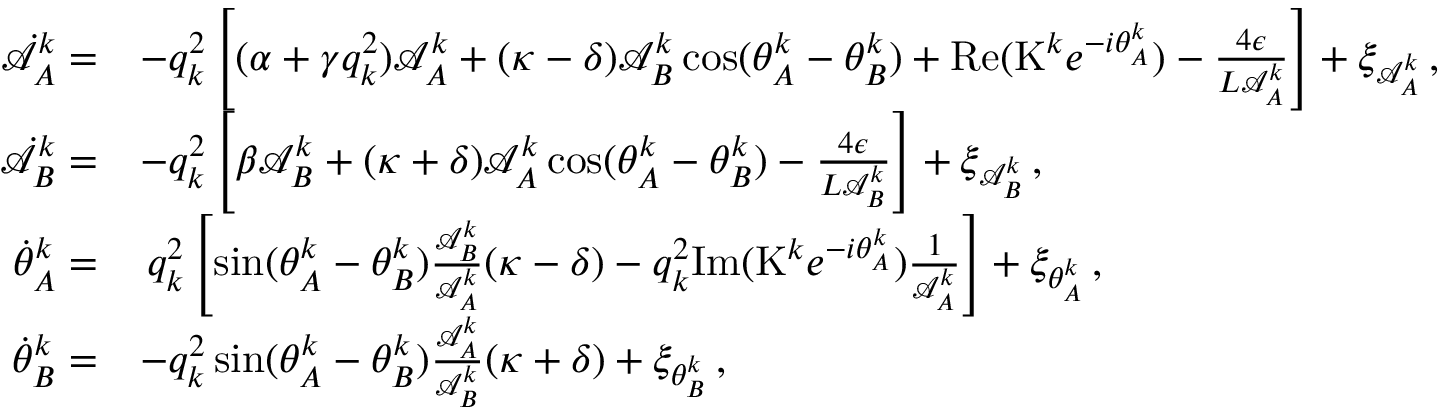
\begin{array} { r l } { \dot { \mathcal { A } } _ { A } ^ { k } = } & { - q _ { k } ^ { 2 } \left[ ( \alpha + \gamma q _ { k } ^ { 2 } ) \mathcal { A } _ { A } ^ { k } + ( \kappa - \delta ) \mathcal { A } _ { B } ^ { k } \cos ( \theta _ { A } ^ { k } - \theta _ { B } ^ { k } ) + \mathrm { R e } ( \mathrm { K } ^ { k } e ^ { - i \theta _ { A } ^ { k } } ) - \frac { 4 \epsilon } { L \mathcal { A } _ { A } ^ { k } } \right] + \xi _ { \mathcal { A } _ { A } ^ { k } } \, , } \\ { \dot { \mathcal { A } } _ { B } ^ { k } = } & { - q _ { k } ^ { 2 } \left[ \beta \mathcal { A } _ { B } ^ { k } + ( \kappa + \delta ) \mathcal { A } _ { A } ^ { k } \cos ( \theta _ { A } ^ { k } - \theta _ { B } ^ { k } ) - \frac { 4 \epsilon } { L \mathcal { A } _ { B } ^ { k } } \right] + \xi _ { \mathcal { A } _ { B } ^ { k } } \, , } \\ { \dot { \theta } _ { A } ^ { k } = } & { \, q _ { k } ^ { 2 } \left[ \sin ( \theta _ { A } ^ { k } - \theta _ { B } ^ { k } ) \frac { \mathcal { A } _ { B } ^ { k } } { \mathcal { A } _ { A } ^ { k } } ( \kappa - \delta ) - q _ { k } ^ { 2 } \mathrm { I m } ( \mathrm { K } ^ { k } e ^ { - i \theta _ { A } ^ { k } } ) \frac { 1 } { \mathcal { A } _ { A } ^ { k } } \right] + \xi _ { \theta _ { A } ^ { k } } \, , } \\ { \dot { \theta } _ { B } ^ { k } = } & { - q _ { k } ^ { 2 } \sin ( \theta _ { A } ^ { k } - \theta _ { B } ^ { k } ) \frac { \mathcal { A } _ { A } ^ { k } } { \mathcal { A } _ { B } ^ { k } } ( \kappa + \delta ) + \xi _ { \theta _ { B } ^ { k } } \, , } \end{array}